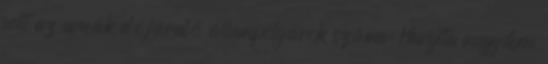
volt az urnák elé járuló állampolgárok száma: Hargita megyében